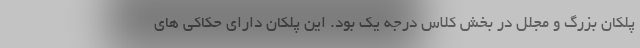
پلکان بزرگ و مجلل در بخش کلاس درجه یک بود. این پلکان دارای حکاکی های